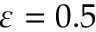
\varepsilon = 0 . 5